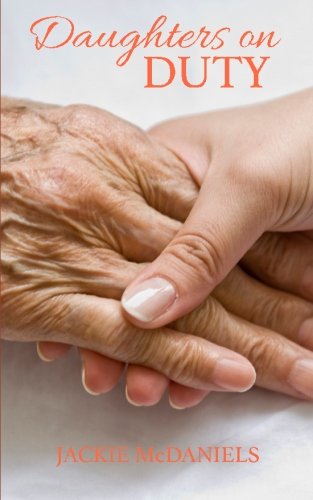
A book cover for Daughters on Duty: A Caregiver's Guide to Managing Medical Matters; Jackie McDaniels; Medical Books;